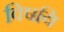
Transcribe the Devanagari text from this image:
विषयि